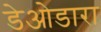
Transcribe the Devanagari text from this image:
डेओडारा